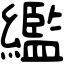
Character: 繿